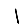
Digit: 1